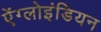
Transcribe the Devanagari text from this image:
ऐंग्लोइंडियन